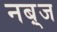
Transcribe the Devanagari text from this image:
नब़्ज